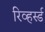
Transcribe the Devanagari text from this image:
रिव्हर्स्ड